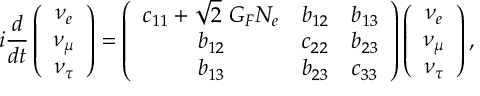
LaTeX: i \frac { d } { d t } \left( \begin{array} { c } { { \nu _ { e } } } \\ { { \nu _ { \mu } } } \\ { { \nu _ { \tau } } } \end{array} \right) = \left( \begin{array} { c c c } { { c _ { 1 1 } + \sqrt { 2 } \ G _ { F } N _ { e } } } & { { b _ { 1 2 } } } & { { b _ { 1 3 } } } \\ { { b _ { 1 2 } } } & { { c _ { 2 2 } } } & { { b _ { 2 3 } } } \\ { { b _ { 1 3 } } } & { { b _ { 2 3 } } } & { { c _ { 3 3 } } } \end{array} \right) \left( \begin{array} { c } { { \nu _ { e } } } \\ { { \nu _ { \mu } } } \\ { { \nu _ { \tau } } } \end{array} \right) ,